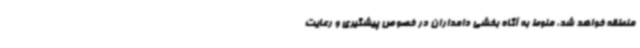
منطقه خواهد شد، منوط به آگاه بخشی دامداران در خصوص پیشگیری و رعایت